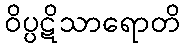
ဝိပ္ပဋိသာရောတိ